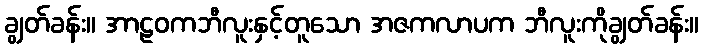
ချွတ်ခန်း။ အာဠဝကဘီလူးနှင့်တူသော အဇကလာပက ဘီလူးကိုချွတ်ခန်း။